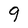
Character: 9